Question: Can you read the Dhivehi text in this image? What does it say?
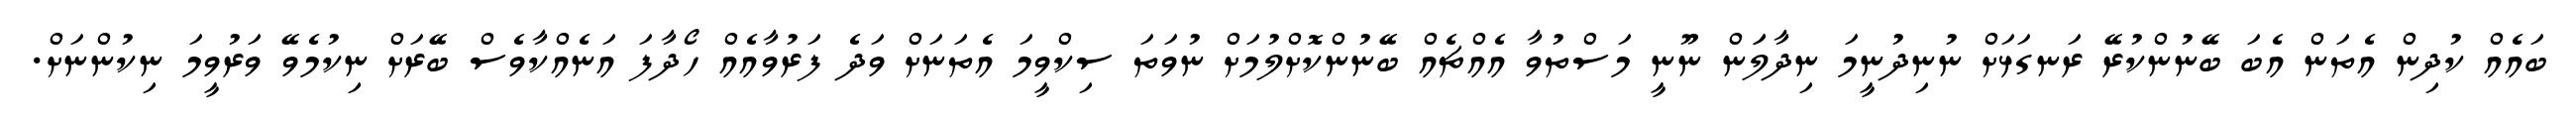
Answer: ބައެއް ކުދިން އެތަން އެބަ ބޭނުންކުރޭ ރަނގަޅަށް ނުނިދުނީމަ ނިދާލަަން ނޫނީ މަސްތުވާ އެއްޗެއް ބޭނުންކޮށްލުމަށް ނުވަތަ ސިކްވީމަ އެތަނަށް ވަދެ ފަރުވާއެއް ހޯދާފަ އަނެއްކާވެސް ބޭރަށް ނިކުމެވޭ ވަރުވީމަ ނިކުންނަށް.